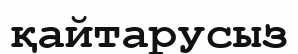
қайтарусыз